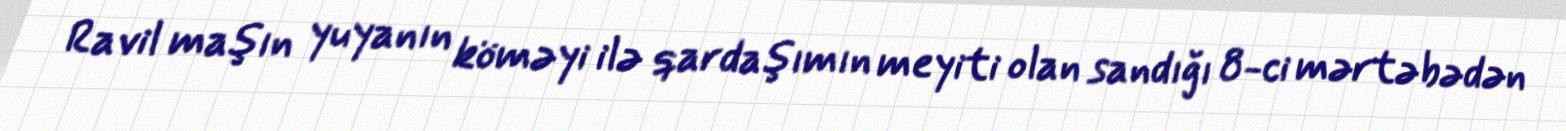
Ravil maşın yuyanın köməyi ilə qardaşımın meyiti olan sandığı 8-ci mərtəbədən